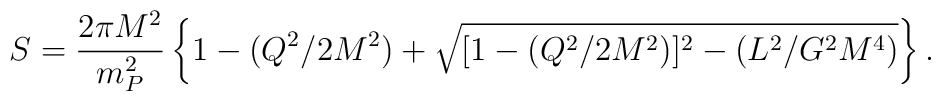
S= {2\pi M^2 \over m_P^2}   \left\{1 - (Q^2/2M^2) +\sqrt{[1-(Q^2/2M^2)]^2 - (L^2/G^2 M^4)}\right\}.